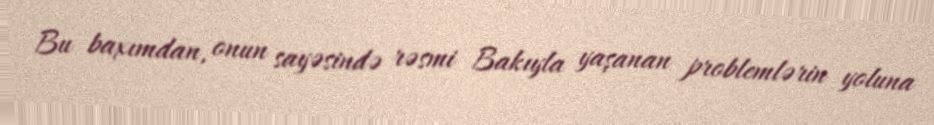
Bu baxımdan, onun sayəsində rəsmi Bakıyla yaşanan problemlərin yoluna